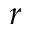
r